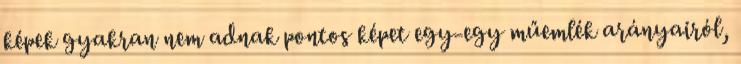
képek gyakran nem adnak pontos képet egy-egy műemlék arányairól,